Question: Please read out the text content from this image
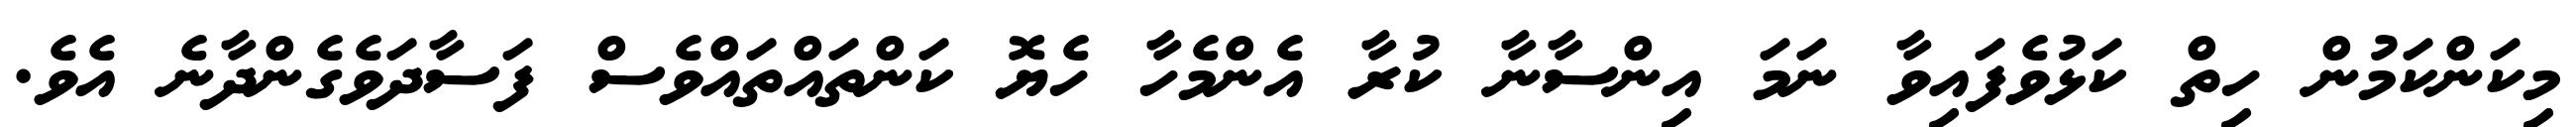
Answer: މިކަންކަމުން ހިތް ކަޅުވެފައިވާ ނަމަ އިންސާނާ ކުރާ އެންމެހާ ހެޔޮ ކަންތައްތައްވެސް ފަސާދަވެގެންދާނެ އެވެ.